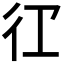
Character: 𭛝